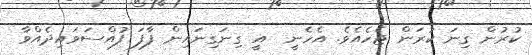
ކުރުން ގިނަ ކުރަން ޖެހެއެވެ. އެހެނީ  އީ ގިނަގިނައިން ފާފަ ފުއްސަވައިދެއްވާ